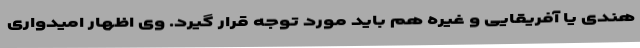
هندی یا آفریقایی و غیره هم باید مورد توجه قرار گیرد. وی اظهار امیدواری